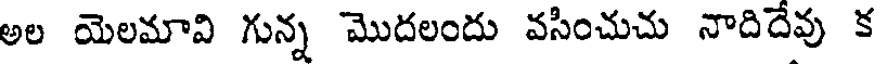
అల యెలమావి గున్న మొదలందు వసించుచు నాదిదేవు క